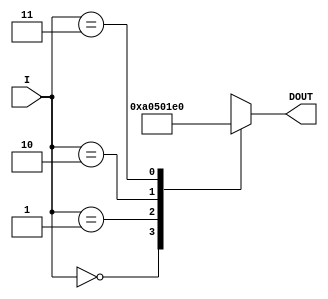
`timescale 1ns / 1ps
//////////////////////////////////////////////////////////////////////////////////
// Company: 
// Engineer: 
// 
// Design Name: 
// Module Name:    array_P_ROM 
// Project Name: 
// Target Devices: 
// Tool versions: 
// Description: 
//
// Dependencies: 
//
// Revision: 
// Revision 0.01 - File Created
// Additional Comments: 
//
// This holds initial positions of each pipe obstacle.
//////////////////////////////////////////////////////////////////////////////////
module X_initial_ROM(I,DOUT);
	
	input [1:0] I;
	output [9:0] DOUT;
	reg [9:0] DOUT;
 
   always @(I)
         case (I)
            2'b00: DOUT <= 0;
            2'b01: DOUT <= 160;
            2'b10: DOUT <= 320;
            2'b11: DOUT <= 480;
            default:  DOUT <= 4'bx;
         endcase	 

endmodule